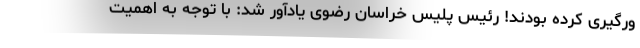
ورگیری کرده بودند! رئیس پلیس خراسان رضوی یادآور شد: با توجه به اهمیت